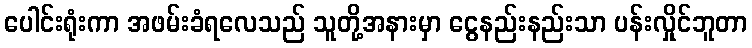
ပေါင်းရုံးကာ အဖမ်းခံရလေသည် သူတို့အနားမှာ ငွေနည်းနည်းသာ ပန်းလှိုင်ဘူတာ